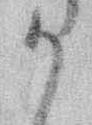
か